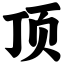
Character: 顶